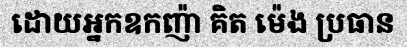
ដោយអ្នកឧកញ៉ា គិត ម៉េង ប្រធាន